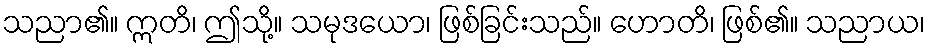
သညာ၏။ ဣတိ၊ ဤသို့။ သမုဒယော၊ ဖြစ်ခြင်းသည်။ ဟောတိ၊ ဖြစ်၏။ သညာယ၊